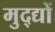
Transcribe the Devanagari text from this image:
मुद्द्यों